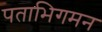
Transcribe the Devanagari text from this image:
पताभिगमन